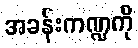
အခန်းကဏ္ဍကို